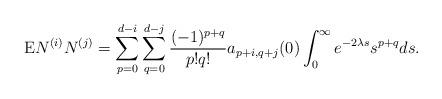
LaTeX: \begin{align*}\mathrm{E}N^{(i)}N^{(j)}=\sum_{p=0}^{d-i}\sum_{q=0}^{d-j}\frac{(-1)^{p+q}}{p!q!}a_{p+i,q+j}(0)\int_0^\infty e^{-2\lambda s}s^{p+q}ds.\end{align*}